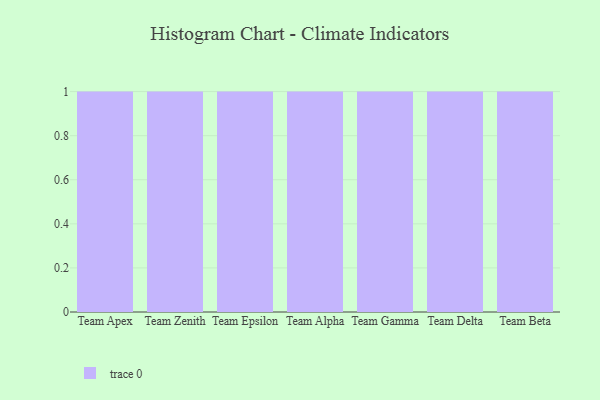
{"axis": {"x": "Team", "y": "Customer Acquisition Cost (USD)"}, "legend": [""], "data": [{"x": "Team Apex", "y": 12, "type": ""}, {"x": "Team Zenith", "y": 64, "type": ""}, {"x": "Team Epsilon", "y": 43, "type": ""}, {"x": "Team Alpha", "y": 51, "type": ""}, {"x": "Team Gamma", "y": 86, "type": ""}, {"x": "Team Delta", "y": 100, "type": ""}, {"x": "Team Beta", "y": 76, "type": ""}]}